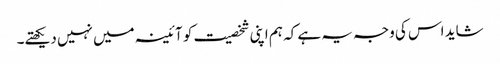
شاید اس کی وجہ یہ ہے کہ ہم اپنی شخصیت کو آئینہ میں نہیں دیکھتے۔